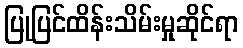
ပြုပြင်ထိန်းသိမ်းမှုဆိုင်ရာ